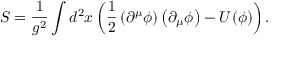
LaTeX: S = \frac { 1 } { g ^ { 2 } } \int d ^ { 2 } x \left( \frac { 1 } { 2 } \left( \partial ^ { \mu } \phi \right) \left( \partial _ { \mu } \phi \right) - U ( \phi ) \right) .